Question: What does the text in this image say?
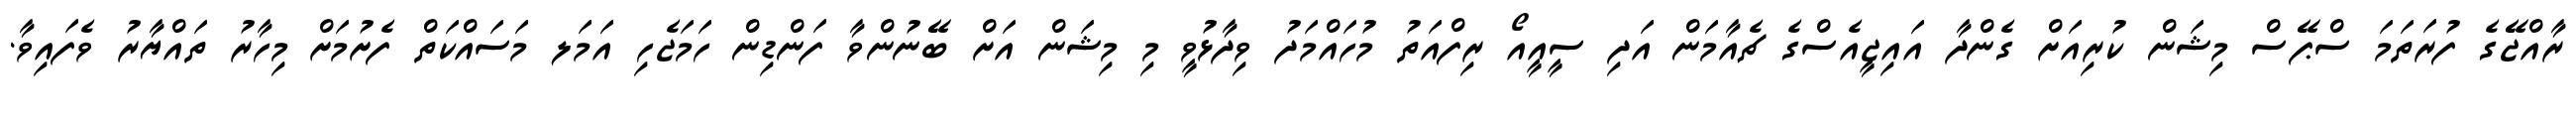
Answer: ރާއްޖޭގެ ފުރަތަމަ ސްޕޭސް މިޝަން ކުރިއަށް ގެންދާ އައިޖީއެސްގެ ޗެއާމަން އަދި ސީއީއޯ ރިފްއަތު މުހައްމަދު ވިދާޅުވީ މި މިޝަން އަށް ބޭނުންވާ ފަންޑިން ހަމަޖެހި އަމަލ މަސައްކަތް ފެށުމަށް މިހާރު ތައްޔާރު ވެފައިވާ.